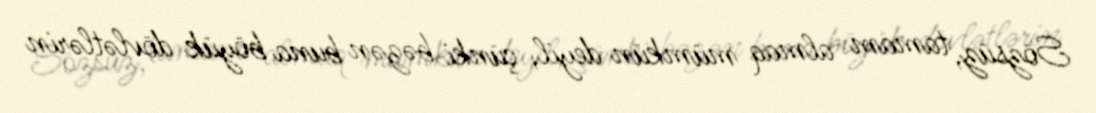
Sözsüz, tamam almaq mümkün deyil, çünki bəzən buna böyük dövlətlərin